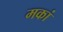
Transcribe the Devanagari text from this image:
मकां